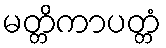
မတ္တိကာပတ္တံ